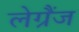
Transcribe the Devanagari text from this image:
लेग्रैंज